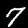
Digit: 7